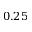
0 . 2 5